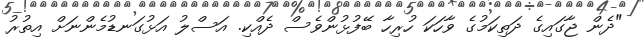
"ދެން ޖާގައިގެ ދަތިކަމުގެ ވާހަކަ ހުރިހާ ބޭފުޅުންވެސް ދެއްކި. އަސްލު އަޅުގަނޑުމެންނަށް އިތުރު